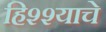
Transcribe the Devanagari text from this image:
हिश्श्याचे